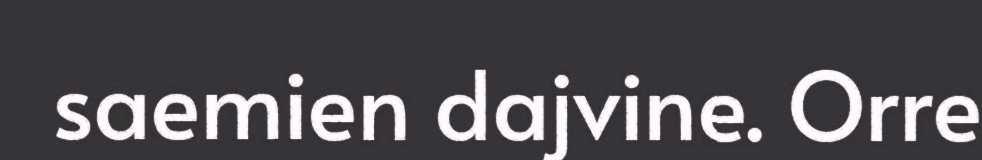
saemien dajvine. Orre